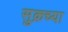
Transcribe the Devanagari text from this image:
सुक्रच्या